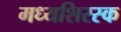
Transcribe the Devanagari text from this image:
मध्यशिरस्क